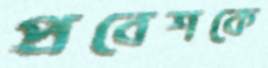
প্রবেশকে